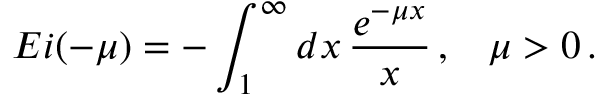
E i ( - \mu ) = - \int _ { 1 } ^ { \infty } d x \, \frac { e ^ { - \mu x } } { x } \, { , } \, \, \, \, \, \, \mu > 0 \, { . }